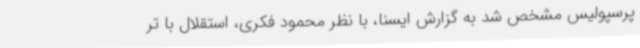
پرسپولیس مشخص شد به گزارش ایسنا، با نظر محمود فکری، استقلال با تر